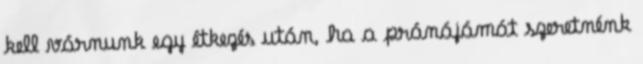
kell várnunk egy étkezés után, ha a pránájámát szeretnénk